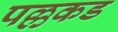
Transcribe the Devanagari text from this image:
पल्लकड